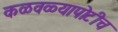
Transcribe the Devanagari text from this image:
कळवळ्यापोटीच